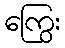
ကြွေး